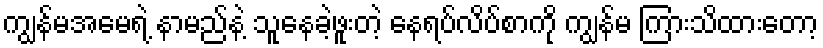
ကျွန်မအမေရဲ့ နာမည်နဲ့ သူနေခဲ့ဖူးတဲ့ နေရပ်လိပ်စာကို ကျွန်မ ကြားသိထားတော့